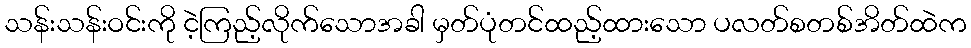
သန်းသန်းဝင်းကို ငဲ့ကြည့်လိုက်သောအခါ မှတ်ပုံတင်ထည့်ထားသော ပလတ်စတစ်အိတ်ထဲက